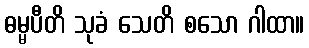
ဓမ္မပီတိ သုခံ သေတိ စသော ဂါထာ။